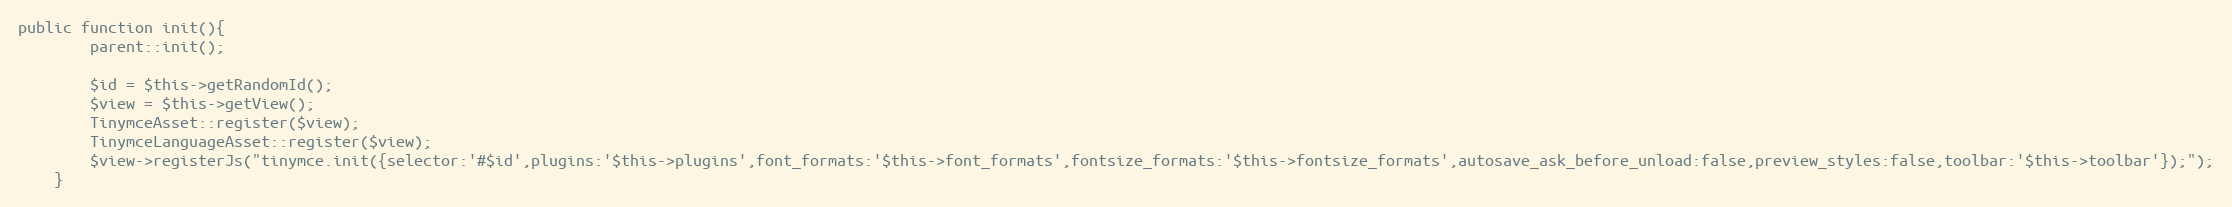
Language: PHP
public function init(){
		parent::init();

		$id = $this->getRandomId();
		$view = $this->getView();
		TinymceAsset::register($view);
		TinymceLanguageAsset::register($view);
		$view->registerJs("tinymce.init({selector:'#$id',plugins:'$this->plugins',font_formats:'$this->font_formats',fontsize_formats:'$this->fontsize_formats',autosave_ask_before_unload:false,preview_styles:false,toolbar:'$this->toolbar'});");
	}